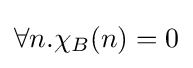
\forall n.\chi _{B}(n)=0